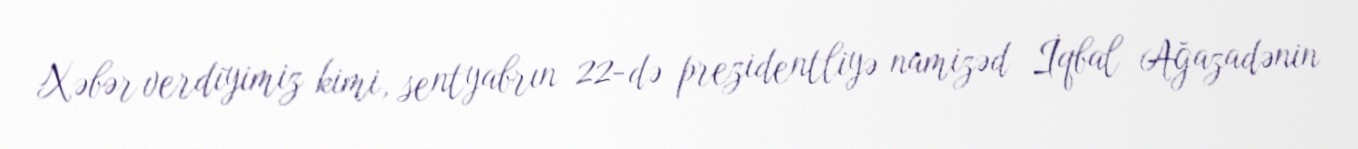
Xəbər verdiyimiz kimi, sentyabrın 22-də prezidentliyə namizəd İqbal Ağazadənin